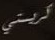
كريستي